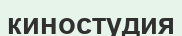
киностудия